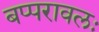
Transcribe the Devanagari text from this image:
बप्परावलः